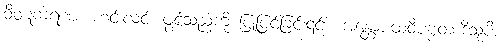
ဝိဝဋကရဏံ၊ ဟင်းလင်း ဖွင့်သည်ကို ပြုပြင်ခြင်း၎င်း။ အန္တောပထဝီပဗ္ဗတာဒိသုပိ၊